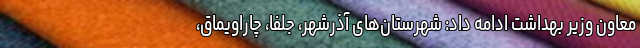
معاون وزیر بهداشت ادامه داد: شهرستان‌های آذرشهر، جلفا، چاراویماق،